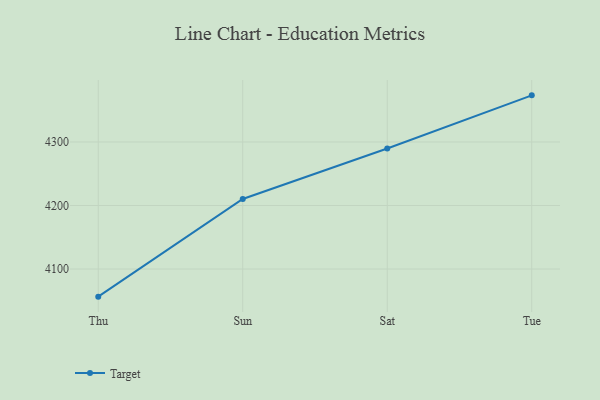
{"axis": {"x": "Day", "y": "Satisfaction Score"}, "legend": ["Target"], "data": [{"x": "Thu", "y": 4056.5, "type": "Target"}, {"x": "Sun", "y": 4210.3, "type": "Target"}, {"x": "Sat", "y": 4289.7, "type": "Target"}, {"x": "Tue", "y": 4373.4, "type": "Target"}]}